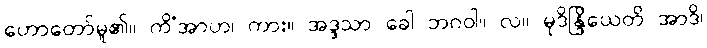
ဟောတော်မူ၏။ ကိံအာဟ၊ ကား။ အဒ္ဒသာ ခေါ ဘဂဝါ။ လ။ မုဒိန္ဒြိယေတိ အာဒိ၊